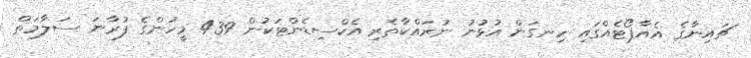
ޗައިނާގެ އެއާޕޯޓެއްގައި ހިނގަން އުޅުނު ނުރައްކާތެރި އެކްސިޑެންޓަކުން 439 މީހުންގެ ފުރާނަ ސަލާމަތް